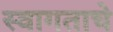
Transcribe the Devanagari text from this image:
स्वागताचे